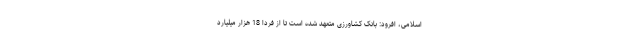
اسلامی، افرود: بانک کشاورزی متعهد شده است تا از فردا 18 هزار میلیارد